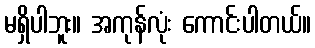
မရှိပါဘူး။ အကုန်လုံး ကောင်းပါတယ်။